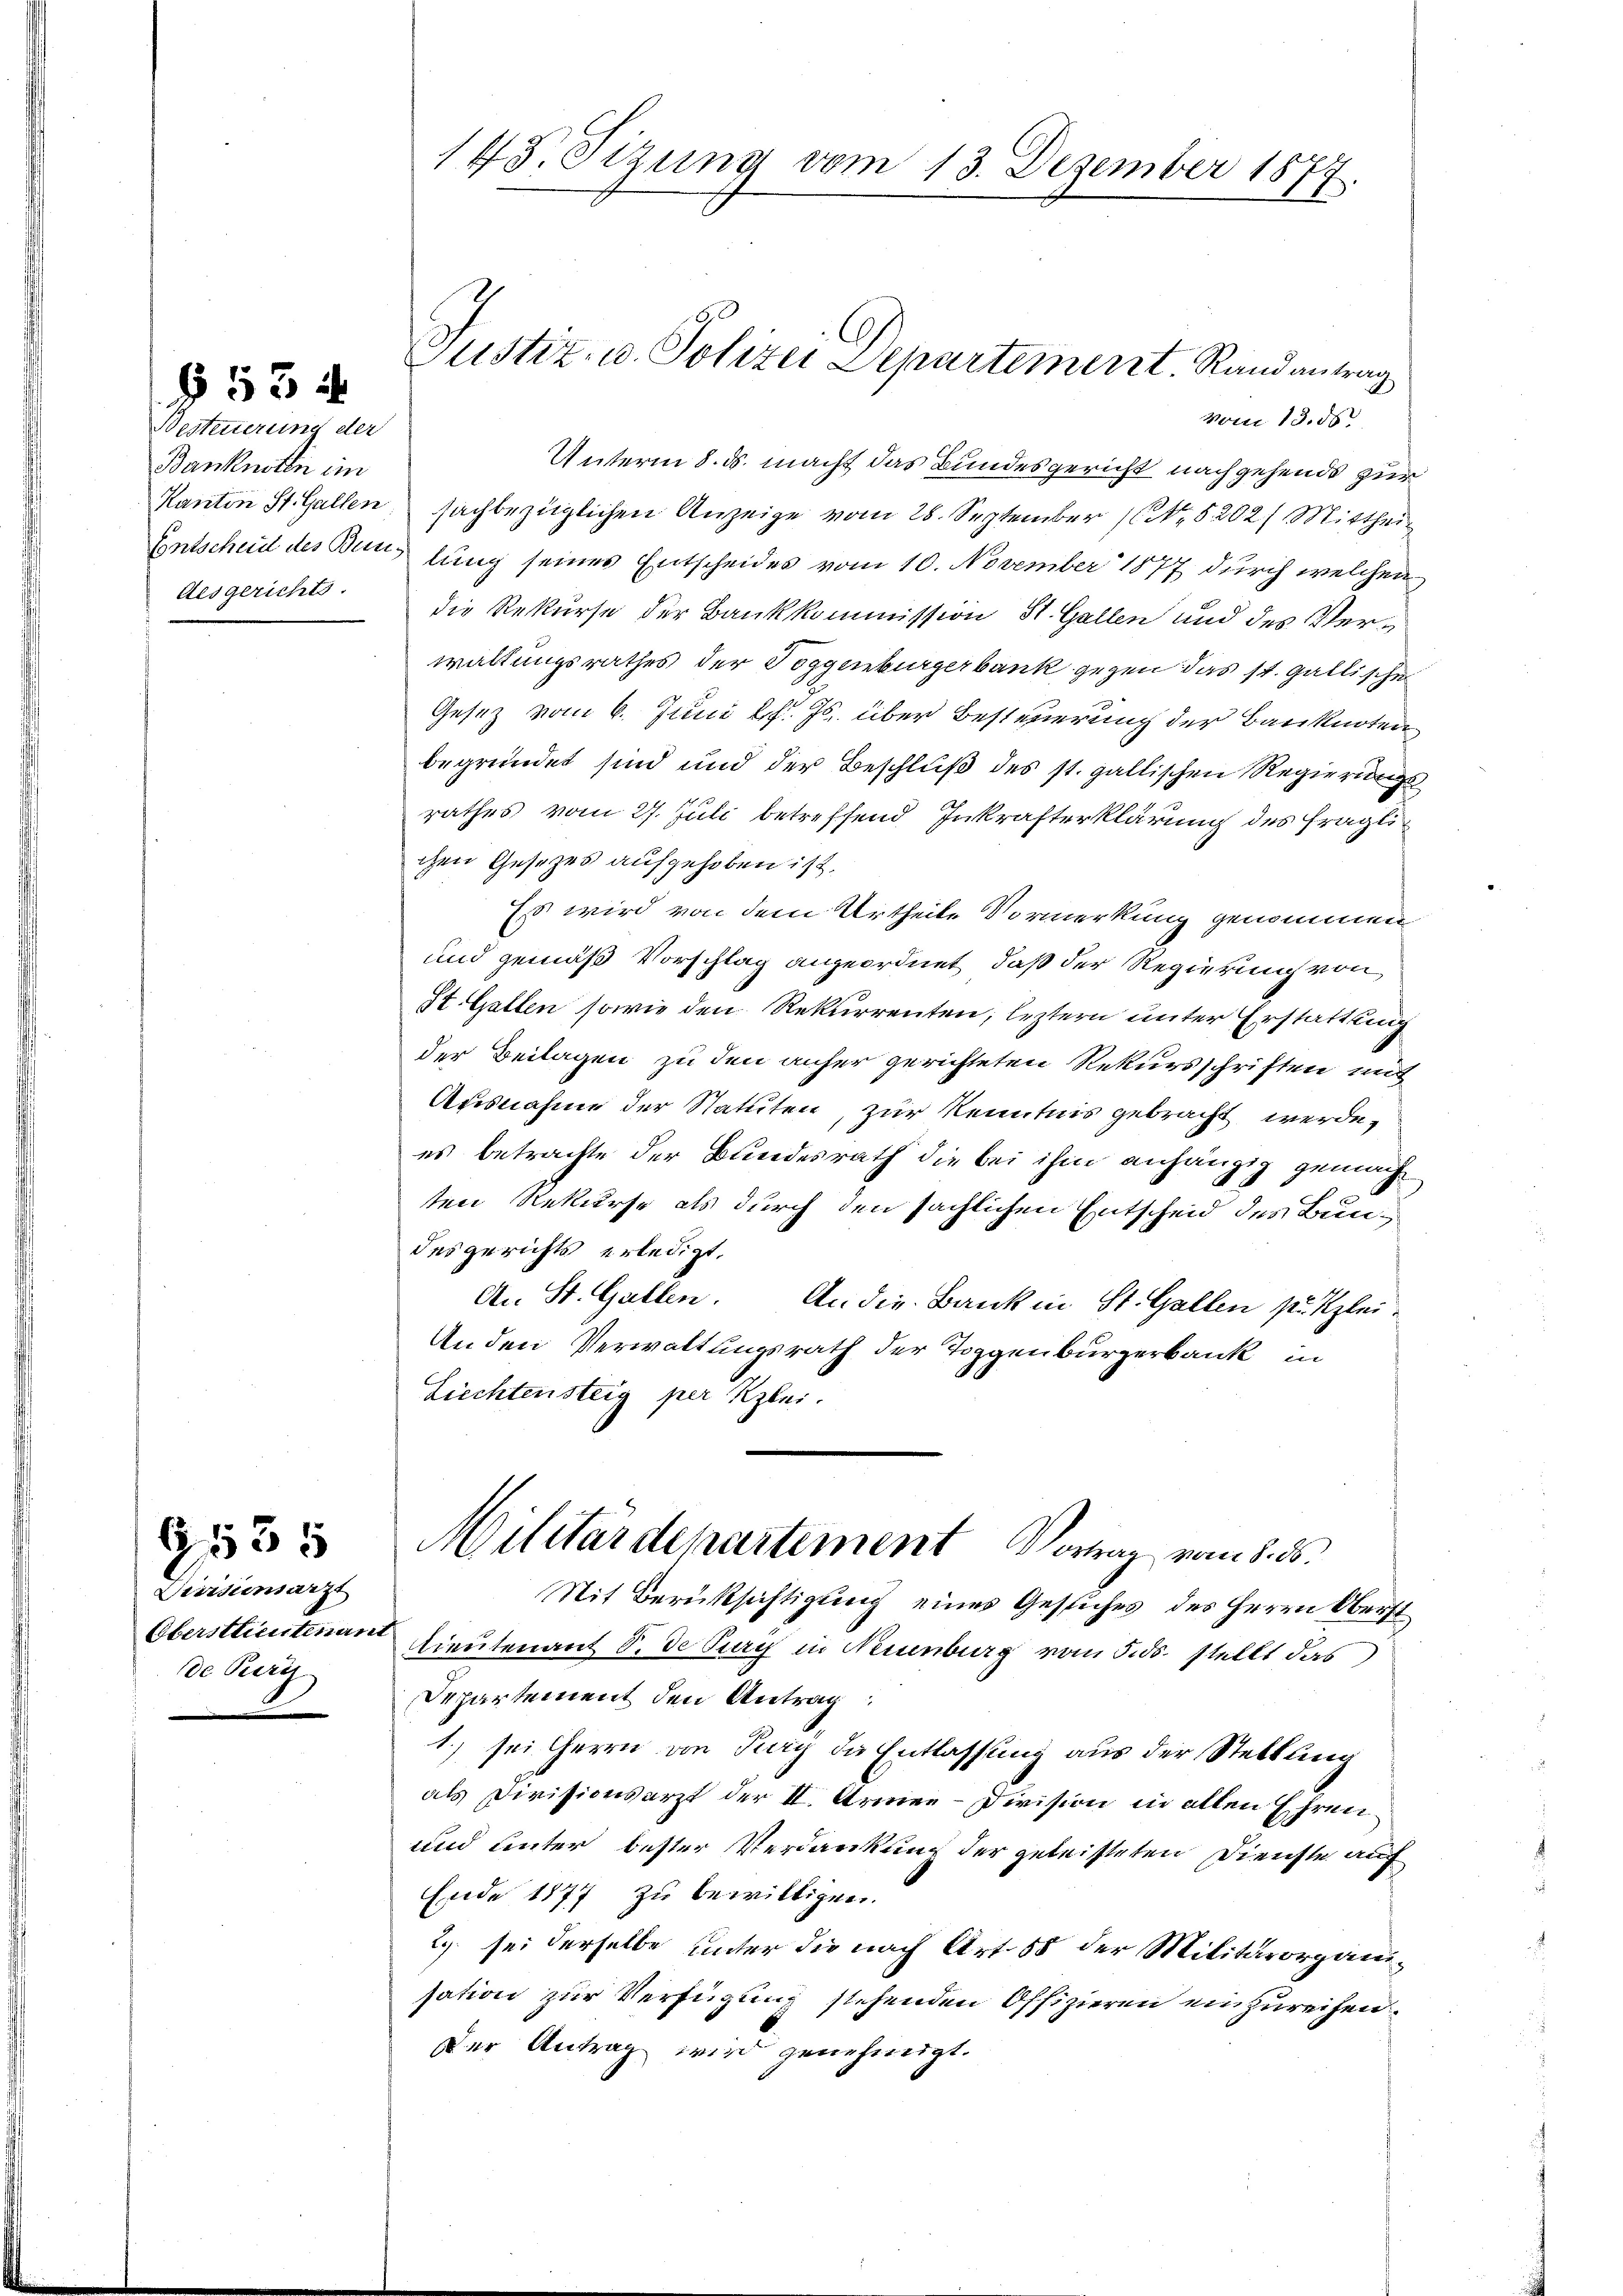
§ 534

Besteuerung der
Banknoten im
Kanton St. Gallen
Aesgerichts

Divisionsarzt
Oberstlieutenant
de Peri

6535

143. Sizung vom 13. Dezember 1877.

Justiz- u. Polizei Departement. Randantrag

vom 13. ds.
Unterm 8. ds. macht das Bundesgericht nachgehends zur
sachbezüglichen Anzeige vom 28. September 1. 5202) Mittheil
Entscheid des Bunslung seines Entscheides vom 10. November 1877 durch welchen
die Rekurse der Bankkommission St. Gallen und des Verwaltungsrathes der Poggenburgerbank gegen das st. Gallischen
Gesetz vom 6. Juni l. Js. über Besteuerung der Banknoten
begründet sind und der Beschluß des st. gallischen Regierungsrathes vom 27. Juli betreffend Inkrafterklärung des fraglichen Gesetzes aufgehoben ist.
Es wird von dem Urtheile Vormerkung genommen
und gemäß Vorschlag angeordnet, daß der Regierung von
St. Gallen sowie den Rekurrenten, leztern unter Erstattung
der Beilagen zu den anher gerichteten Rekursschriften mit
Ausnahme der Statuten, zur Kenntnis gebracht werde,
es betrachte der Bundesrath die bei ihm anhängig gemachten Rekurse als durch den sächlichen Entscheid des Bundes gerichts erledigt.
An St. Gallen. An die Bank in St. Gallen zu Klei¬
Anden Verwaltungsrath der Toggenburgerbank in
Liechtensteig per Klei
Militärdepartement Vortrag vom 8. 85.
Nit Berüksichtigung eines Gesuches des Herrn Oberst
lieutenant 8. de Turi in Neuenburg vom 5. ds. stellt das
Departement den Antrag
1.) sei Herrn an Tury die Entlassung aus der Stellung
als Divisionsarzt der II. Armee-Division in allen Ehren¬
und unter bester Verdankung der geleisteten Dienste auch
Ende 1877 zu bewilligen.
2. sei derselbe unter die nach Art. 58 der Militärorganisation zur Verfügung stehenden Offizieren einzureihen
Der Antrag wird genehmigt.